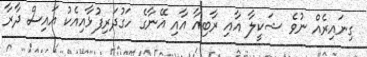
ގިނައިރެއް ނުވެ ޝަކީލާ އާއި ރާބިއާ އާއި އޭނާގެ ހަގުދަރިފުޅާއިއެކު އައިސް ދާރާ